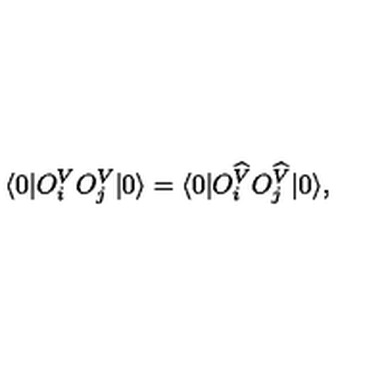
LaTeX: \langle 0 | O _ { i } ^ { V } O _ { j } ^ { V } | 0 \rangle = \langle 0 | O _ { i } ^ { \widehat { V } } O _ { j } ^ { \widehat { V } } | 0 \rangle ,